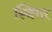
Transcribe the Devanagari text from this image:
स्विंगर